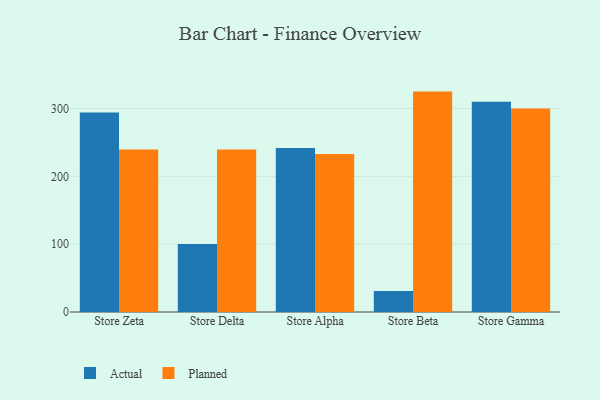
{"axis": {"x": "Store", "y": "Tickets Resolved"}, "legend": ["Actual", "Planned"], "data": [{"x": "Store Zeta", "y": 294.2, "type": "Actual"}, {"x": "Store Zeta", "y": 239.5, "type": "Planned"}, {"x": "Store Delta", "y": 100.4, "type": "Actual"}, {"x": "Store Delta", "y": 239.4, "type": "Planned"}, {"x": "Store Alpha", "y": 241.8, "type": "Actual"}, {"x": "Store Alpha", "y": 232.9, "type": "Planned"}, {"x": "Store Beta", "y": 30.9, "type": "Actual"}, {"x": "Store Beta", "y": 324.9, "type": "Planned"}, {"x": "Store Gamma", "y": 310.0, "type": "Actual"}, {"x": "Store Gamma", "y": 300.0, "type": "Planned"}]}